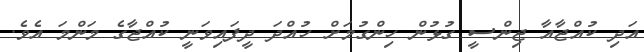
އަދި ކުއްޖާއާ ޖިންސީ ގުޅުން ހިންގުމަށް ހުއްދަ ދީފައިވަނީ ކުއްޖާގެ މަންމަ އެވެ.